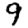
Digit: 9